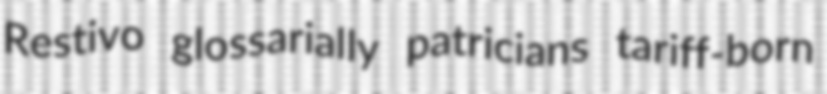
Restivo glossarially patricians tariff-born